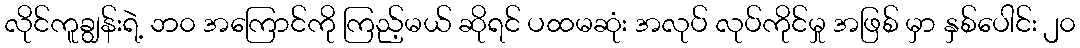
လိုင်ကူချွန်းရဲ့ ဘ၀ အကြောင်ကို ကြည့်မယ် ဆိုရင် ပထမဆုံး အလုပ် လုပ်ကိုင်မှု အဖြစ် မှာ နှစ်ပေါင်း ၂၀